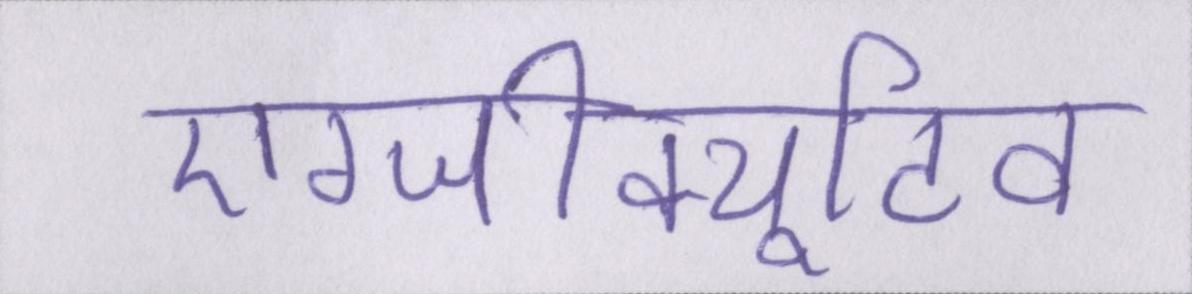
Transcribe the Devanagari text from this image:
एग्जीक्यूटिव